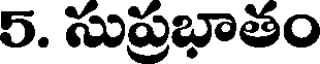
5. సుప్రభాతం